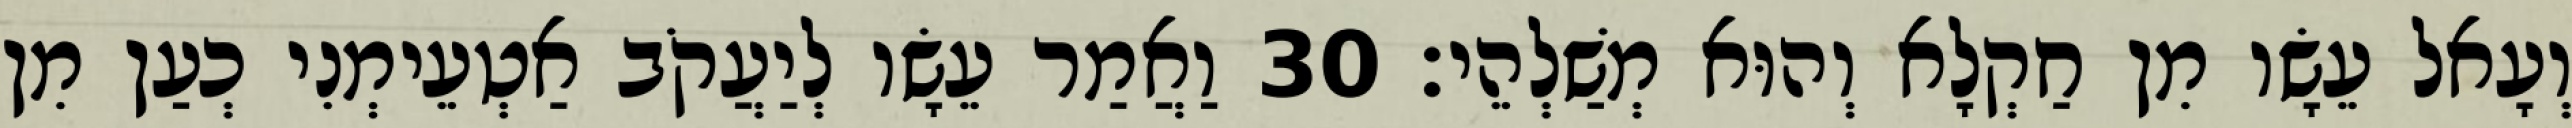
וְעָאל עֵשָׂו מִן חַקְלָא וְהוּא מְשַׁלְהֵי׃ 30 וַאֲמַר עֵשָׂו לְיַעֲקֹב אַטְעֵימְנִי כְעַן מִן